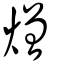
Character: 熷